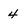
Character: 4